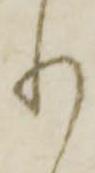
り